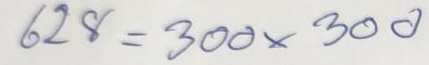
628 = 300 x 300